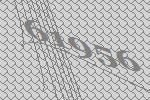
61956